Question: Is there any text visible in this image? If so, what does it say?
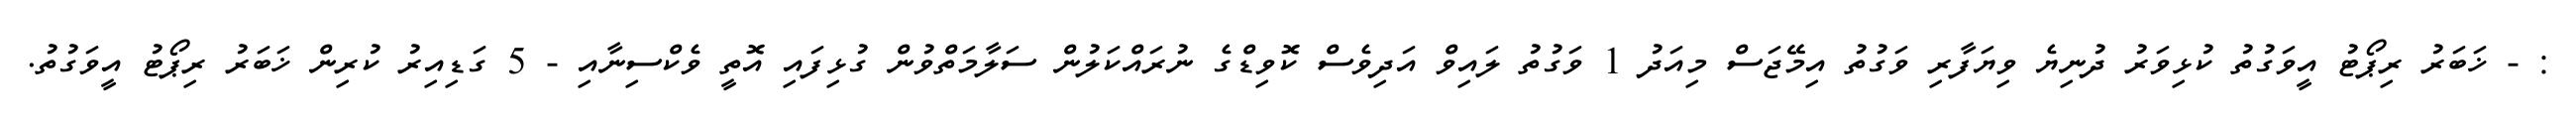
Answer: : - ޚަބަރު ރިޕޯޓު އީވަގުތު ކުޅިވަރު ދުނިޔެ ވިޔަފާރި ވަގުތު އިމޭޖަސް މިއަދު 1 ވަގުތު ލައިވް އަދިވެސް ކޮވިޑްގެ ނުރައްކަލުން ސަލާމަތްވުން ގުޅިފައި އޮތީ ވެކްސިނާއި - 5 ގަޑިއިރު ކުރިން ޚަބަރު ރިޕޯޓު އީވަގުތު.